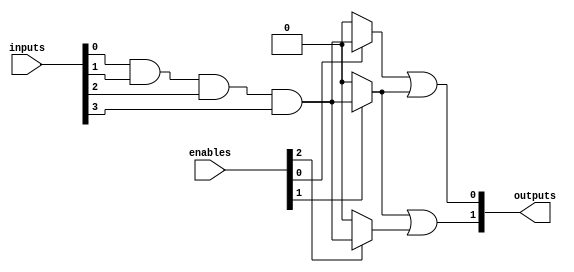
module GAL (
    input wire [N-1:0] inputs,         // N inputs
    input wire [M-1:0] enables,        // M enables for programmable AND gates
    output wire [P-1:0] outputs        // P outputs
);

parameter N = 4; // Number of inputs
parameter M = 4; // Number of AND gates
parameter P = 2; // Number of outputs

// Internal wires for AND gate outputs
wire [M-1:0] and_outputs; // Outputs from AND gates

// Programmable AND array
genvar i, j;
generate
    for (i = 0; i < M; i = i + 1) begin : AND_ARRAY
        assign and_outputs[i] = (enables[i]) ? (inputs[0] & inputs[1] & inputs[2] & inputs[3]) : 1'b0; // Example: Simple AND condition
    end
endgenerate

// Internal wires for OR gate outputs
wire [P-1:0] or_outputs; // Outputs from OR gates

// Programmable OR array
generate
    for (j = 0; j < P; j = j + 1) begin : OR_ARRAY
        assign or_outputs[j] = and_outputs[j] | and_outputs[j + 1]; // Example: Simple OR condition
    end
endgenerate

// Assign final outputs
assign outputs = or_outputs;

endmodule